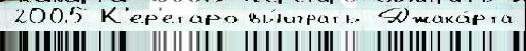
2005 К'ер'етаро вы́играть Джака́рта